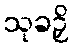
သုခဉှိ